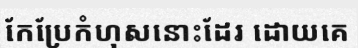
កែប្រែកំហុសនោះដែរ ដោយគេ